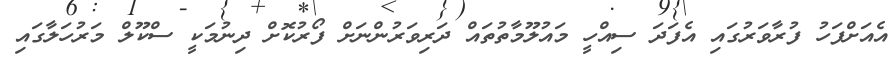
އެއަށްފަހު ފުރާވަރުގައި އެފަދަ ސިއްހީ މައުލޫމާތުތައް ދަރިވަރުންނަށް ފޯރުކޮށް ދިނުމަކީ ސްކޫލް މަރުހަލާގައި